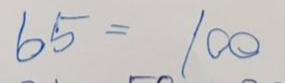
65 = 100